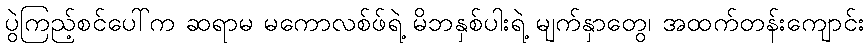
ပွဲကြည့်စင်ပေါ်က ဆရာမ မကောလစ်ဖ်ရဲ့ မိဘနှစ်ပါးရဲ့ မျက်နှာတွေ၊ အထက်တန်းကျောင်း